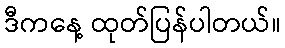
ဒီကနေ့ ထုတ်ပြန်ပါတယ်။